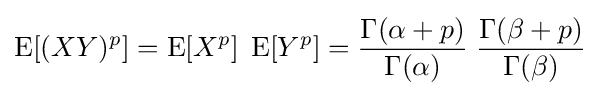
\operatorname {E} [(XY)^{p}]=\operatorname {E} [X^{p}]\;\operatorname {E} [Y^{p}]={\frac {\Gamma (\alpha +p)}{\Gamma (\alpha )}}\;{\frac {\Gamma (\beta +p)}{\Gamma (\beta )}}